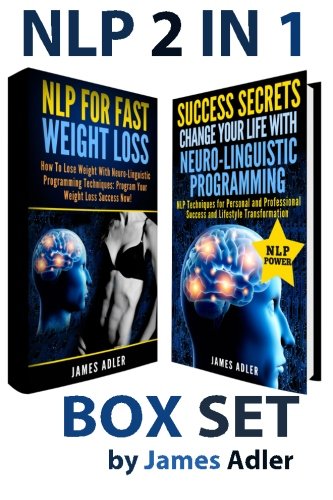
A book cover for NLP 2 in 1 BOX SET: NLP for Fast Weight Loss and  Success Secrets: Change Your Life with Neuro-Linguistic Programming (NLP, Success, Neuro-Linguistic Programming, Practical NLP) (Volume 3); James Adler; Self-Help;